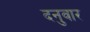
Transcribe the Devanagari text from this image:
दनुवार